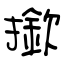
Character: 撳